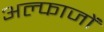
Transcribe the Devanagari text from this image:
अल्फाजों